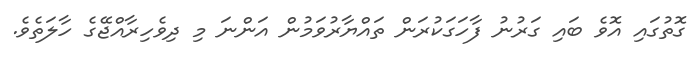
ގޮތުގައި އޮވެ ބައި ގަރުނު ފާހަގަކުރަން ތައްޔާރުވަމުން އަންނަ މި ދިވެހިރާއްޖޭގެ ހާލަތެވެ.